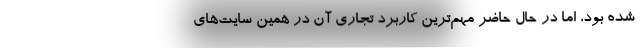
شده بود، اما در حال حاضر مهم‌ترین کاربرد تجاری آن در همین سایت‌های